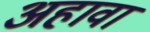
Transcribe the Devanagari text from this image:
अहावा